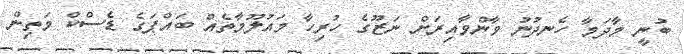
ބުނީ މާދަމާ ހެނދުނު ވާންވާއިރަށް ނަޒޫގެ ހުރިހާ މައުލޫމާތެއް ބައްޕަގެ ޑެސްކް މަތިން